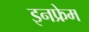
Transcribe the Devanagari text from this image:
इनफ्रेम